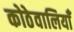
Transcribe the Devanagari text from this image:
कोठेवालियाँ